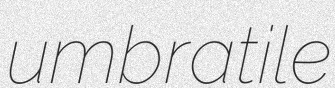
umbratile